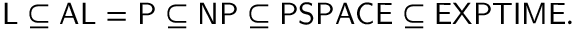
{ \mathsf { L } } \subseteq { \mathsf { A L } } = { \mathsf { P } } \subseteq { \mathsf { N P } } \subseteq { \mathsf { P S P A C E } } \subseteq { \mathsf { E X P T I M E } } .